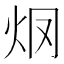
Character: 𤆳